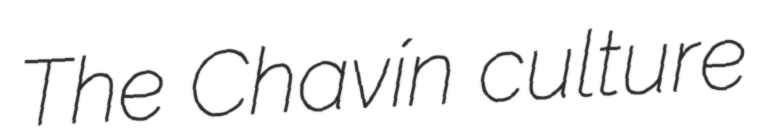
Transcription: The Chavín culture